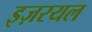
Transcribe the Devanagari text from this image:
इज़रयल